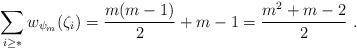
LaTeX: \begin{align*}\sum_{i \geq *} w_{\psi_m}(\zeta_i) = \frac{m(m-1)}{2} + m-1 = \frac{m^2+m-2}{2}\ .\end{align*}